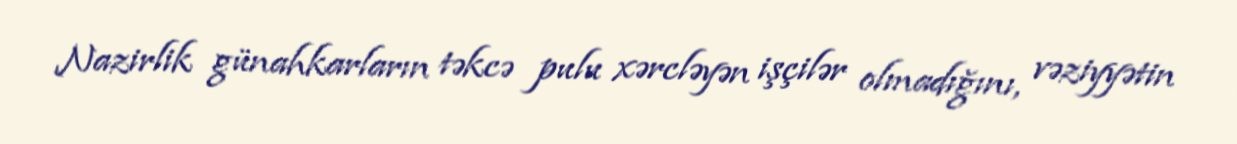
Nazirlik günahkarların təkcə pulu xərcləyən işçilər olmadığını, vəziyyətin